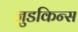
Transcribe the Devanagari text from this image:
जुडकिन्स